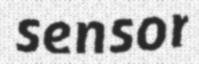
sensor